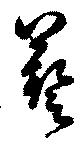
芸